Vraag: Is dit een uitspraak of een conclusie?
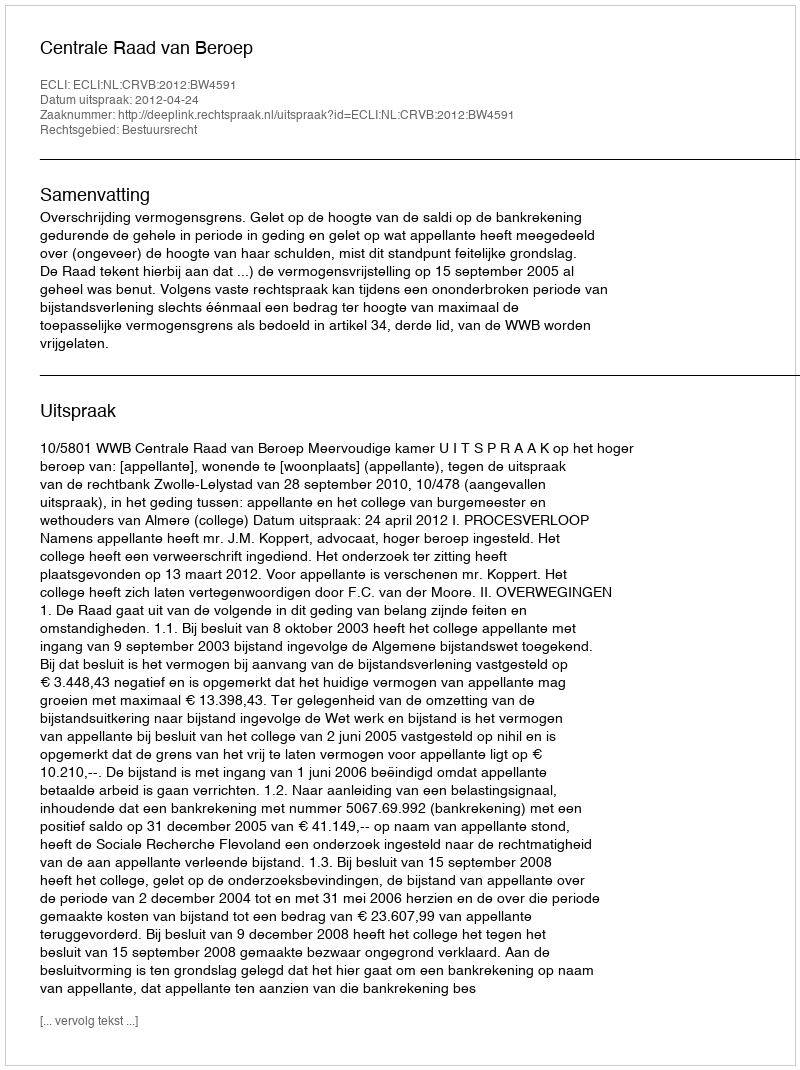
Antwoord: Uitspraak